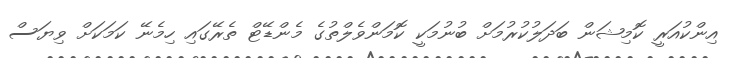
އިންކުއަރީ ކޮމިޝަން ބަދަލުކުރުމަށް ބުނުމަކީ ކޮމަންވެލްތުގެ މެންޑޭޓް ތެރޭގައި ހިމެނޭ ކަމަކަށް ވިޔަސް